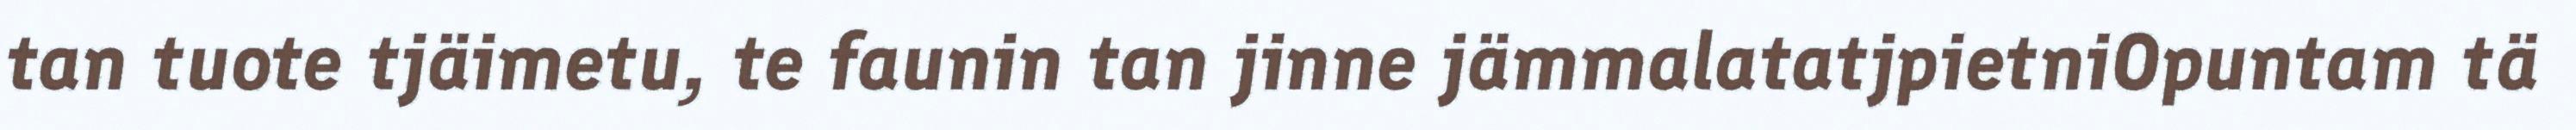
tan tuote tjäimetu, te faunin tan jinne jämmalatatjpietniOpuntam tä